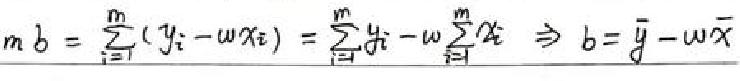
\(mb = \frac{m}{\sum t_{i}}(y_{i}-w x_{i}) = \frac{m}{\sum t_{i}}y_{i}-w \frac{m}{\sum t_{i}}x_{i} \Rightarrow b = \bar{y}-w \bar{x}\)